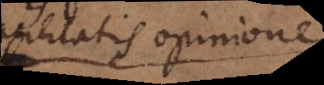
facilitatis opinion